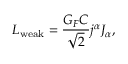
{ \cal L } _ { \mathrm { w e a k } } = \frac { G _ { F } C } { \sqrt { 2 } } j ^ { \alpha } J _ { \alpha } ,